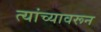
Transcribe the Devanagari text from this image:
त्यांच्यावरून